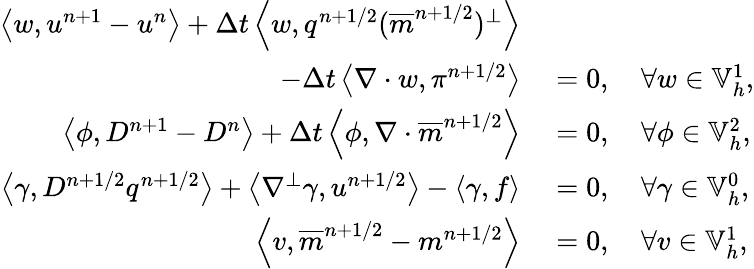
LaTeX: \begin{array}{rl}{\left\langle w,u^{n+1}-u^{n}\right\rangle+\Delta t\left\langle w,q^{n+1/2}(\overline{{m}}^{n+1/2})^{\perp}\right\rangle}&{{}}\\ {\qquad-\Delta t\left\langle\nabla\cdot w,\pi^{n+1/2}\right\rangle}&{{}=0,\quad\forall w\in\mathbb{V}_{h}^{1},}\\ {\left\langle\phi,D^{n+1}-D^{n}\right\rangle+\Delta t\left\langle\phi,\nabla\cdot\overline{{m}}^{n+1/2}\right\rangle}&{{}=0,\quad\forall\phi\in\mathbb{V}_{h}^{2},}\\ {\left\langle\gamma,D^{n+1/2}q^{n+1/2}\right\rangle+\left\langle\nabla^{\perp}\gamma,u^{n+1/2}\right\rangle-\left\langle\gamma,f\right\rangle}&{{}=0,\quad\forall\gamma\in\mathbb{V}_{h}^{0},}\\ {\left\langle v,\overline{{m}}^{n+1/2}-m^{n+1/2}\right\rangle}&{{}=0,\quad\forall v\in\mathbb{V}_{h}^{1},}\end{array}